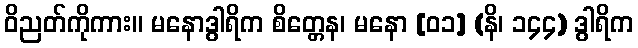
ဝိညတ်ကိုကား။ မနောဒွါရိက စိတ္တေန၊ မနော [၀၁] (နိ၊ ၁၄၄) ဒွါရိက